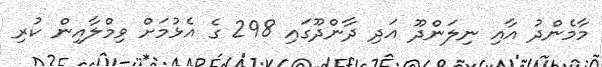
މާމެންދު އާއި ނިލަންދޫ އަދި ދާންދޫގައި 298 ގެ އެޅުމަށް ވިމްލާއިން ކުރި